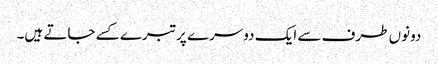
دونوں طرف سے ایک دوسرے پر تبرے کسے جاتے ہیں۔